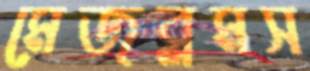
মেজব্লমস